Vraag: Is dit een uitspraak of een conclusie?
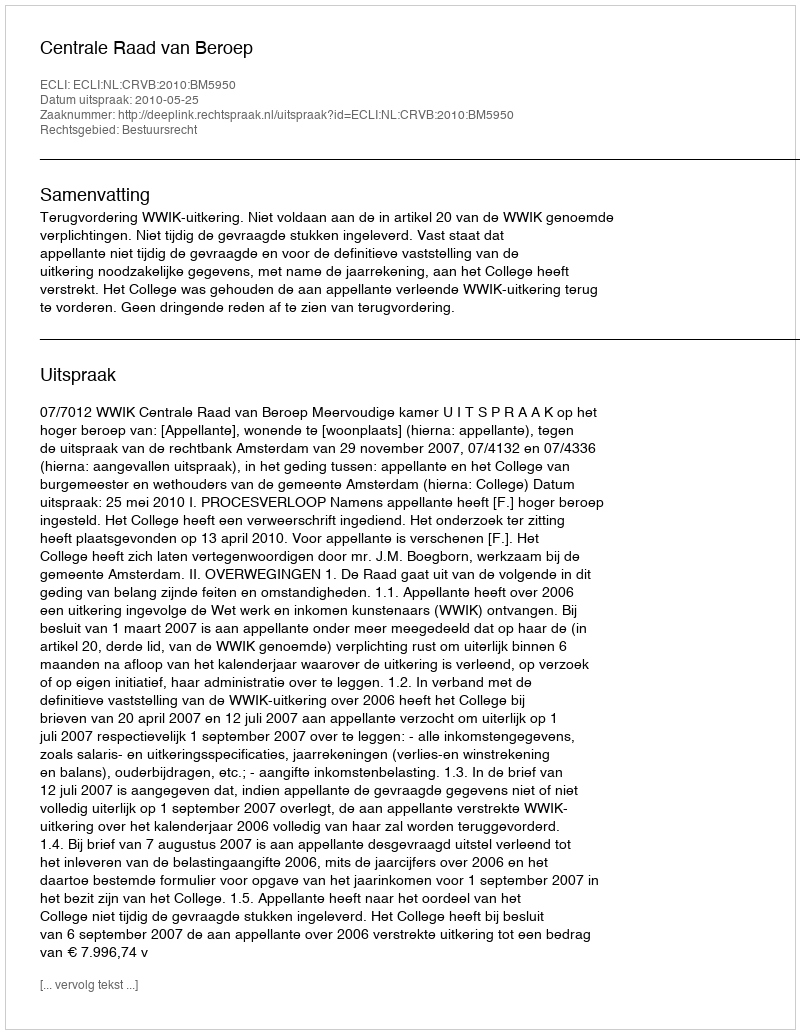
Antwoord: Uitspraak